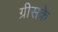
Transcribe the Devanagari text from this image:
ग्रीसके